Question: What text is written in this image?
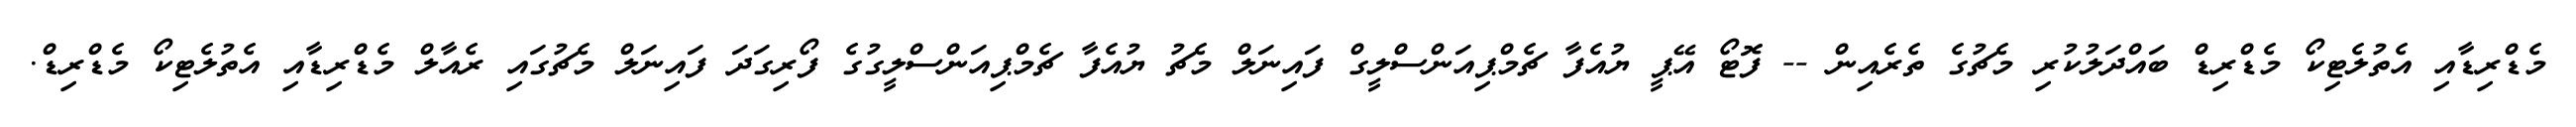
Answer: މެޑްރިޑާއި އެތުލެޓިކޯ މެޑްރިޑް ބައްދަލުކުރި މެޗުގެ ތެރެއިން -- ފޮޓޯ އޭޕީ ޔުއެފާ ޗެމްޕިއަންސްލީގް ފައިނަލް މެޗު ޔުއެފާ ޗެމްޕިއަންސްލީގުގެ ފޯރިގަދަ ފައިނަލް މެޗުގައި ރެއާލް މެޑްރިޑާއި އެތުލެޓިކޯ މެޑްރިޑް.